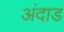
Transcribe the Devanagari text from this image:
अंदाड